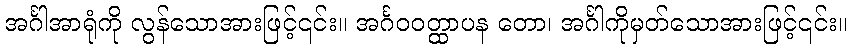
အင်္ဂါအာရုံကို လွန်သောအားဖြင့်၎င်း။ အင်္ဂဝဝတ္ထာပန တော၊ အင်္ဂါကိုမှတ်သောအားဖြင့်၎င်း။